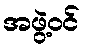
အဖွဲ့ဝင်